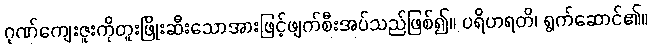
ဂုဏ်ကျေးဇူးကိုတူးဖြိုးဆီးသောအားဖြင့်ဖျက်စီးအပ်သည်ဖြစ်၍။ ပရိဟရတိ၊ ရွက်ဆောင်၏။